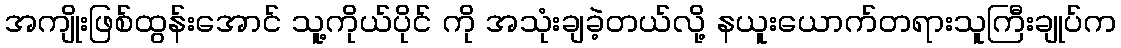
အကျိုးဖြစ်ထွန်းအောင် သူ့ကိုယ်ပိုင် ကို အသုံးချခဲ့တယ်လို့ နယူးယောက်တရားသူကြီးချုပ်က